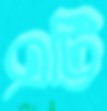
এট্টি